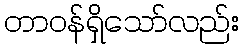
တာဝန်ရှိသော်လည်း